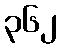
၃၆၂